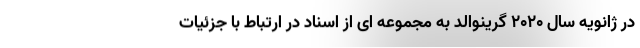
در ژانویه سال 2020 گرینوالد به مجموعه ای از اسناد در ارتباط با جزئیات